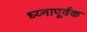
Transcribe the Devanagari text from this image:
ध्य्नापूर्वक